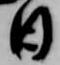
日